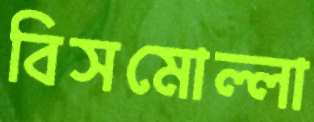
বিসমোল্লা